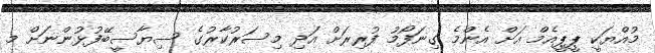
މުއްޔަކީ ޕީޕީއެމް އަށް އެންމެ ގިނަފޯމު ފުރިރަށް އަދި މިސަރުކާރުގެ ސިޔާސީބޭފުޅުންނަށް މ